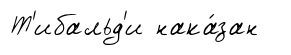
Т'ибальд'и нака́зан